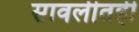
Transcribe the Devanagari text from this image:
सावलीतही